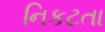
નિકટતા